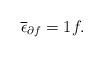
LaTeX: \begin{align*}\overline \epsilon_{\partial f} =1 f.\end{align*}